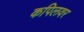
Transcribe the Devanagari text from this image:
कपिलवर